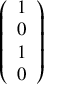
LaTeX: \left( \begin{array} { l } { 1 } \\ { 0 } \\ { 1 } \\ { 0 } \end{array} \right)